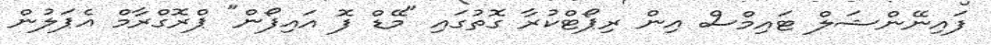
ފައިނޭންޝަލް ޓައިމްސް އިން ރިޕޯޓްކުރާ ގޮތުގައި "މޭޑް ފޮ އައިފޯން" ޕްރޮގްރާމް އެޕަލުން